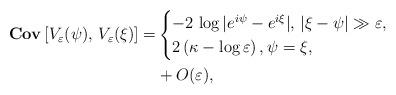
LaTeX: \begin{align*}{\bf{Cov}}\left[V_{\varepsilon}(\psi), \,V_{\varepsilon}(\xi)\right] = &\begin{cases} -2 \, \log|e^{i\psi}-e^{i\xi}|, \, |\xi-\psi|\gg \varepsilon, \\ 2\left(\kappa-\log\varepsilon\right), \psi=\xi,\end{cases} \\& + O(\varepsilon),\end{align*}